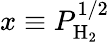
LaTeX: x\equiv P_{\mathrm{H_{2}}}^{1/2}